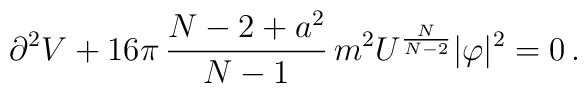
\partial^2 V +16\pi\,\frac{N-2+a^2}{N-1}\,m^2U^{\frac{N}{N-2}}|\varphi|^2=0\, .